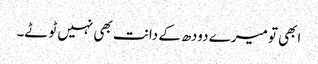
ابھی تو میرے دودھ کے دانت بھی نہیں ٹوٹے۔